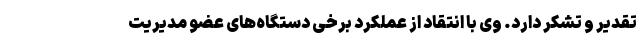
تقدیر و تشکر دارد. وی با انتقاد از عملکرد برخی دستگاه‌های عضو مدیریت